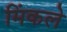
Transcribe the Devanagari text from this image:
मिंकले